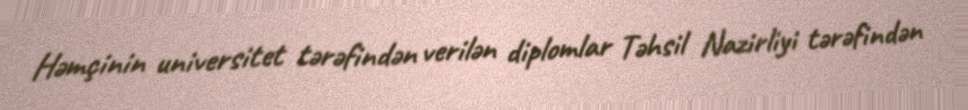
Həmçinin universitet tərəfindən verilən diplomlar Təhsil Nazirliyi tərəfindən